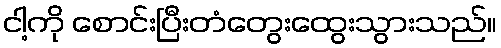
ငါ့ကို စောင်းပြီးတံတွေးထွေးသွားသည်။